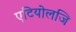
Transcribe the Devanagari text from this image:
एटियोलजि